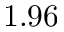
1 . 9 6